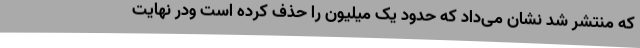
که منتشر شد نشان می‌داد که حدود یک میلیون را حذف کرده است ودر نهایت